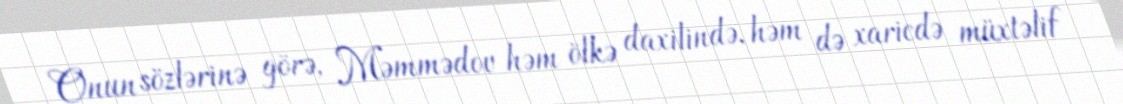
Onun sözlərinə görə, Məmmədov həm ölkə daxilində, həm də xaricdə müxtəlif